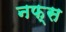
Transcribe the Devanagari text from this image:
नफ्स